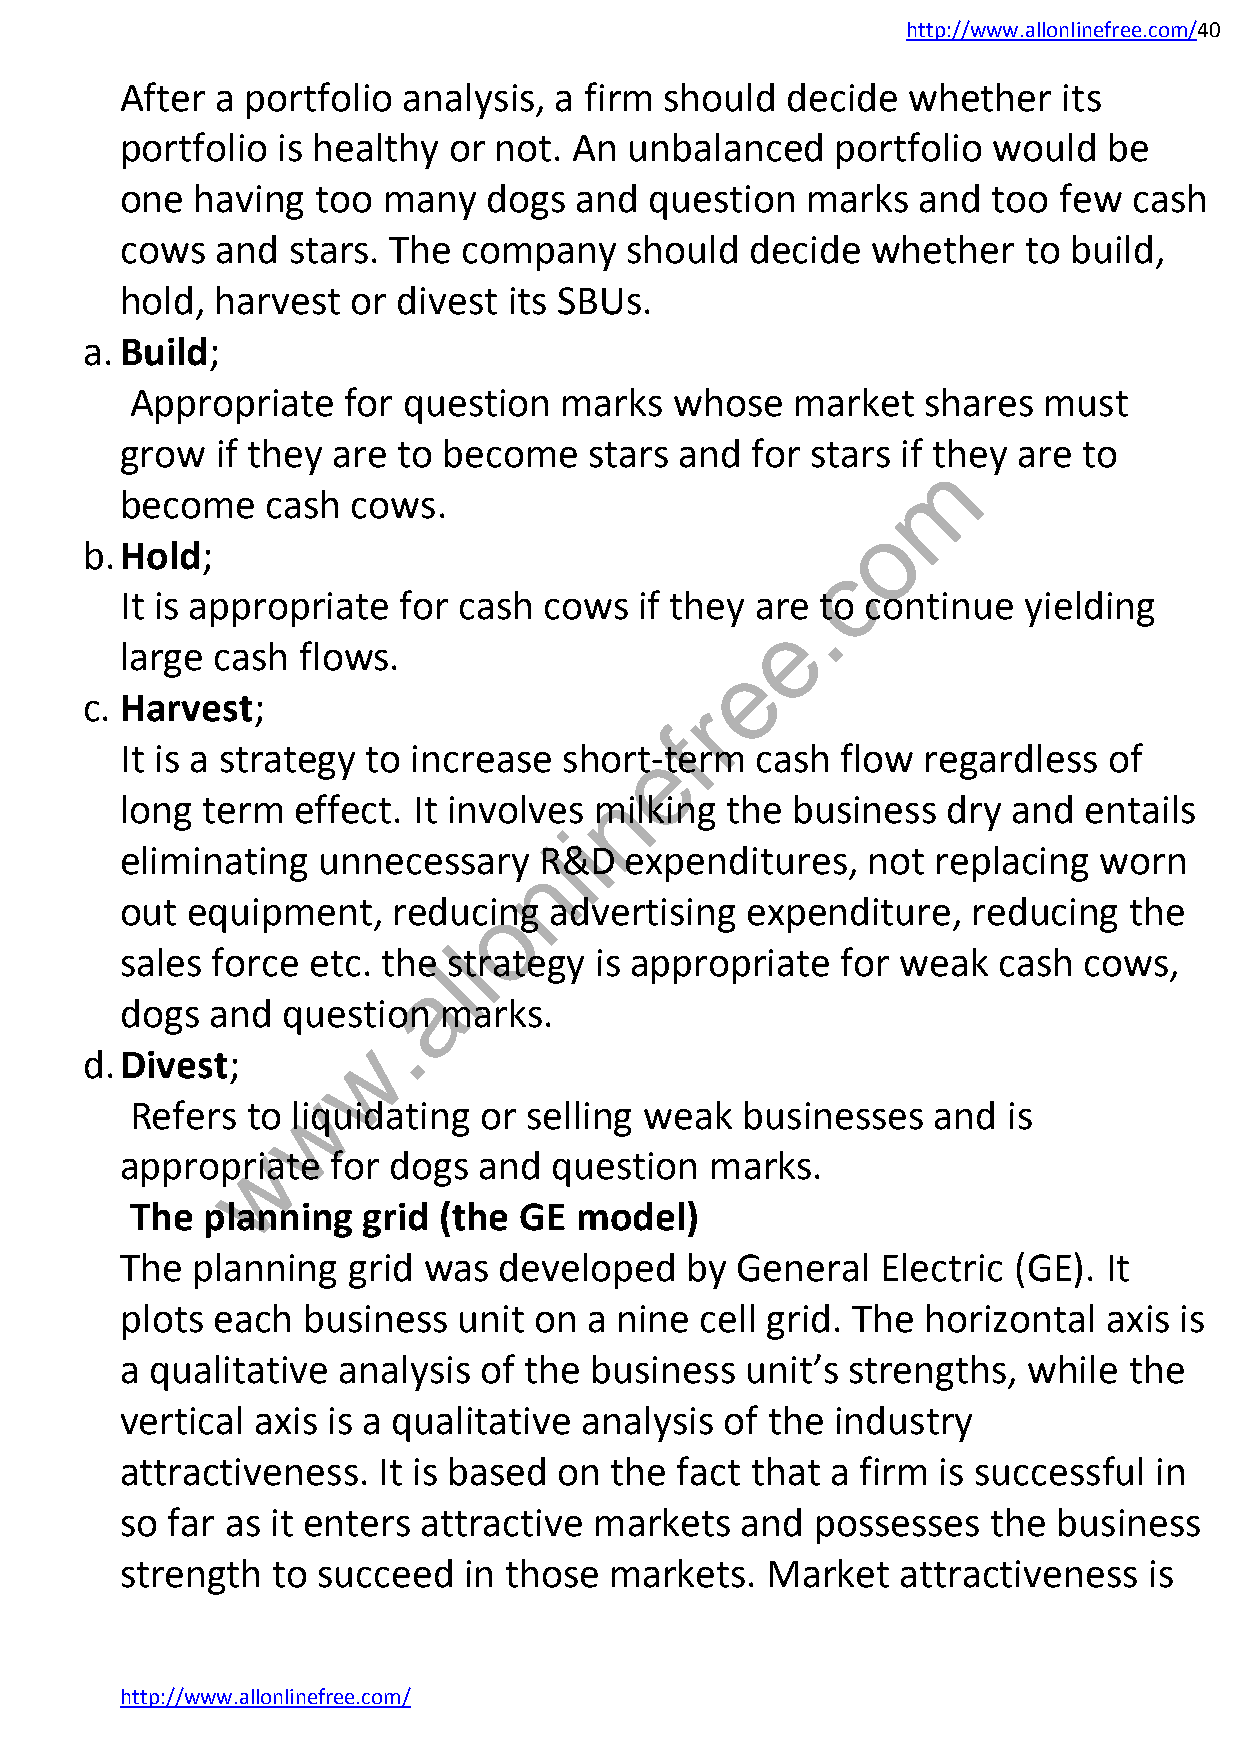
http://www.allonlinefree.com/40
 After a portfolio  analysis, a firm should  decide  whether   its
 portfolio is healthy  or not. An  unbalanced   portfolio  would  be
 one  having  too many   dogs  and  question  marks   and  too few  cash
 cows  and  stars. The  company   should   decide  whether   to build,
 hold, harvest  or divest  its SBUs.
 a. Build;
 Appropriate   for question  marks   whose  market   shares  must
 grow  if they are to become    stars and  for stars if they are to
 m
 become    cash cows.
 o
 b. Hold;
 c
 It is appropriate for cash  cows  if they are. to continue  yielding
 e
 large cash  flows.
 e
 c. Harvest;                              r
 f
 It is a strategy to increase shorte-term  cash  flow regardless  of
 n
 long term  effect. It involves milking  the business   dry and  entails
 i
 l
 eliminating  unnecessary    R&D  expenditures,   not  replacing  worn
 n
 out equipment,    reducoing advertising  expenditure,   reducing   the
 l
 sales force etc. thel strategy is appropriate   for weak  cash  cows,
 a
 dogs  and  question  marks.
 .
 w
 d. Divest;
 w
 Refers to liquidating  or selling weak  businesses   and  is
 w
 appropriate   for dogs  and  question  marks.
 The planning   grid (the GE  model)
 The  planning  grid was  developed   by  General  Electric (GE). It
 plots each  business  unit on  a nine cell grid. The horizontal  axis is
 a qualitative analysis  of the business  unit’s strengths,  while  the
 vertical axis is a qualitative analysis of the industry
 attractiveness.  It is based on the  fact that a firm is successful in
 so far as it enters attractive markets   and  possesses   the business
 strength  to succeed   in those markets.   Market   attractiveness  is
 http://www.allonlinefree.com/